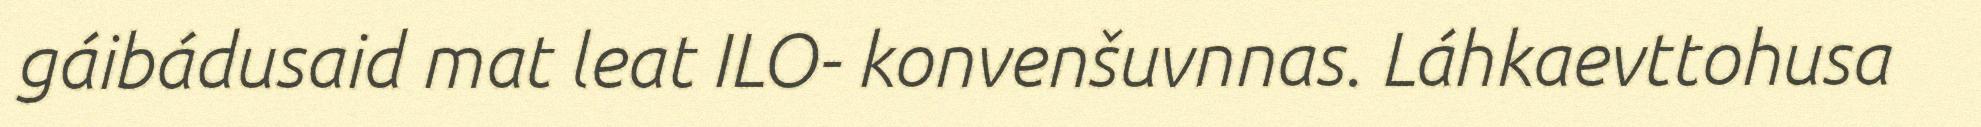
gáibádusaid mat leat ILO- konvenšuvnnas. Láhkaevttohusa